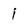
Character: i